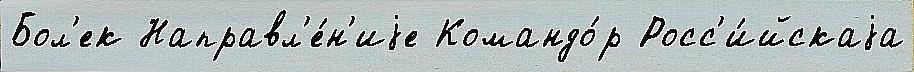
Бол'ек Направл'е́н'иjе Командо́р Росс'и́йскаjа